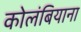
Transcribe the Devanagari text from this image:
कोलंबियाना